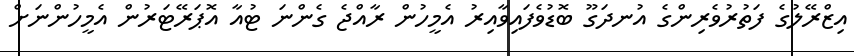
އިޒްރޭލުގެ ފަތުރުވެރިންގެ އުނދަގޫ ބޮޑުވެފައިވާއިރު އެމީހުން ރާއްޖެ ގެންނަ ޓުއާ އޮޕަރޭޓަރުން އެމީހުންނަށް